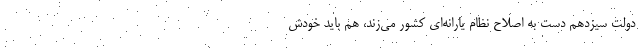
دولت سیزدهم دست به اصلاح نظام یارانه‌ای کشور می‌زند، هم باید خودش